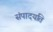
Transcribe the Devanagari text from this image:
संपादयति